Source: Handwritten
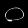
Digit: ၀ (0)